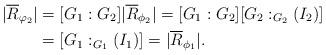
LaTeX: \begin{align*} |\overline{R}_{\varphi_2}| &= [G_1 : G_2]|\overline{R}_{\phi_2}| = [G_1 : G_2][G_2 :_{G_2}(I_2)] \\ &= [G_1 : _{G_1}(I_1)]= |\overline{R}_{\phi_1}|. \end{align*}